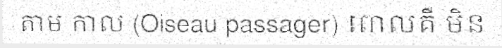
តាម កាល (Oiseau passager) ពោលគឺ មិន